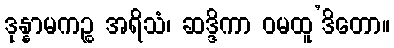
ဒုန္နာမကဉ္စ အရိသံ၊ ဆဒ္ဒိကာ ဝမထူ’ဒိတော။